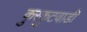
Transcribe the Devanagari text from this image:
कुरकुटवाडी